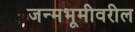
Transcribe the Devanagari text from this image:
जन्मभूमीवरील